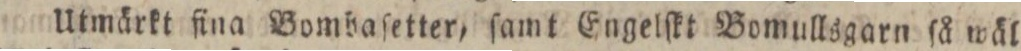
Utmärkt fina Bombaſetter, ſamt Engelſkt Bomullsgarn ſå wäl